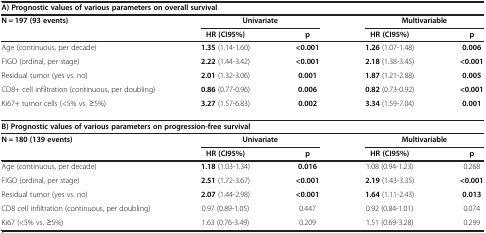
<table><thead><tr><td colspan="5"><b>A) Prognostic values of various parameters on overall survival</b></td></tr><tr><td><b>N = 197 (93 events)</b></td><td colspan="2"><b>Univariate</b></td><td colspan="2"><b>Multivariable</b></td></tr><tr><td><b> </b></td><td><b>HR (CI95%)</b></td><td><b>p</b></td><td><b>HR (CI95%)</b></td><td><b>p</b></td></tr></thead><tbody><tr><td>Age (continuous, per decade)</td><td><b>1.35</b> (1.14-1.60)</td><td><b>&lt;0.001</b></td><td><b>1.26</b> (1.07-1.48)</td><td><b>0.006</b></td></tr><tr><td>FIGO (ordinal, per stage)</td><td><b>2.22</b> (1.44-3.42)</td><td><b>&lt;0.001</b></td><td><b>2.18</b> (1.38-3.45)</td><td><b>&lt;0.001</b></td></tr><tr><td>Residual tumor (yes vs. no)</td><td><b>2.01</b> (1.32-3.06)</td><td><b>0.001</b></td><td><b>1.87</b> (1.21-2.88)</td><td><b>0.005</b></td></tr><tr><td>CD8+ cell infiltration (continuous, per doubling)</td><td><b>0.86</b> (0.77-0.96)</td><td><b>0.006</b></td><td><b>0.82</b> (0.73-0.92)</td><td><b>&lt;0.001</b></td></tr><tr><td>Ki67+ tumor cells (&lt;5% vs. ≥5%)</td><td><b>3.27</b> (1.57-6.83)</td><td><b>0.002</b></td><td><b>3.34</b> (1.59-7.04)</td><td><b>0.001</b></td></tr><tr><td colspan="5"><b>B) Prognostic values of various parameters on progression-free survival</b></td></tr><tr><td><b>N = 180 (139 events)</b></td><td colspan="2"><b>Univariate</b></td><td colspan="2"><b>Multivariable</b></td></tr><tr><td> </td><td><b>HR (CI95%)</b></td><td><b>p</b></td><td><b>HR (CI95%)</b></td><td><b>p</b></td></tr><tr><td>Age (continuous, per decade)</td><td><b>1.18</b> (1.03-1.34)</td><td><b>0.016</b></td><td>1.08 (0.94-1.23)</td><td>0.268</td></tr><tr><td>FIGO (ordinal, per stage)</td><td><b>2.51</b> (1.72-3.67)</td><td><b>&lt;0.001</b></td><td><b>2.19</b> (1.43-3.35)</td><td><b>&lt;0.001</b></td></tr><tr><td>Residual tumor (yes vs. no)</td><td><b>2.07</b> (1.44-2.98)</td><td><b>&lt;0.001</b></td><td><b>1.64</b> (1.11-2.43)</td><td><b>0.013</b></td></tr><tr><td>CD8 cell infiltration (continuous, per doubling)</td><td>0.97 (0.89-1.05)</td><td>0.447</td><td>0.92 (0.84-1.01)</td><td>0.074</td></tr><tr><td>Ki67 (&lt;5% vs. ≥5%)</td><td>1.63 (0.76-3.49)</td><td>0.209</td><td>1.51 (0.69-3.28)</td><td>0.299</td></tr></tbody></table>